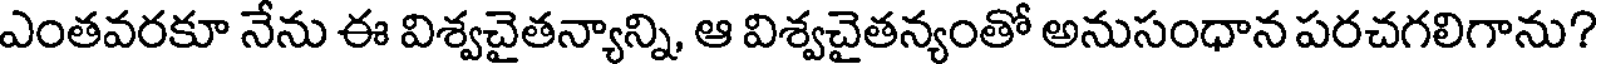
ఎంతవరకూ నేను ఈ విశ్వచైతన్యాన్ని, ఆ విశ్వచైతన్యంతో అనుసంధాన పరచగలిగాను?